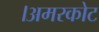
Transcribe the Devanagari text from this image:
।अमरकोट